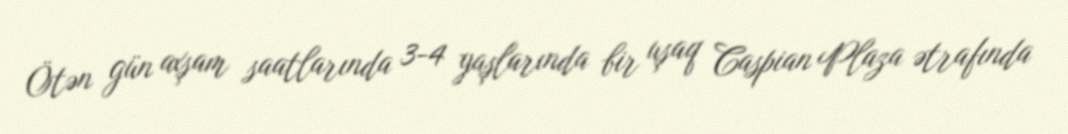
Ötən gün axşam saatlarında 3-4 yaşlarında bir uşaq Caspian Plaza ətrafında